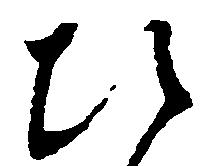
ひ